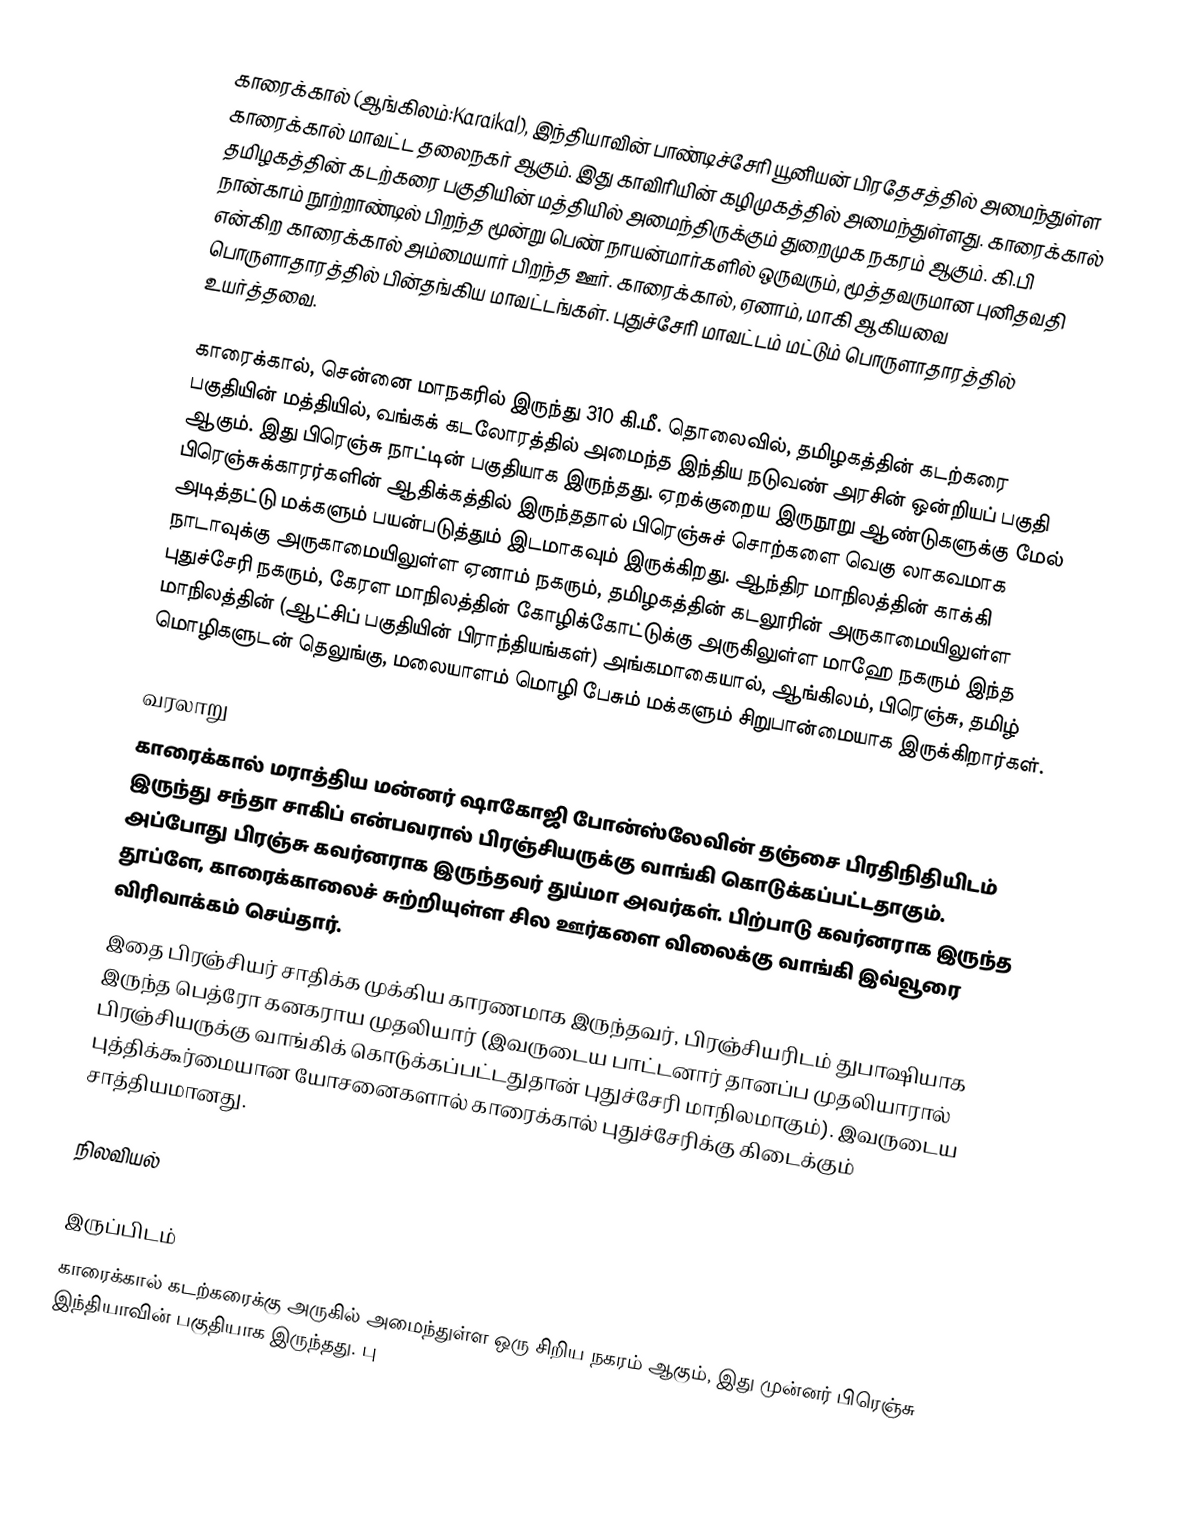
காரைக்கால் (ஆங்கிலம்:Karaikal), இந்தியாவின் பாண்டிச்சேரி யூனியன் பிரதேசத்தில் அமைந்துள்ள காரைக்கால் மாவட்ட தலைநகர் ஆகும். இது காவிரியின் கழிமுகத்தில் அமைந்துள்ளது. காரைக்கால் தமிழகத்தின் கடற்கரை பகுதியின் மத்தியில் அமைந்திருக்கும் துறைமுக நகரம் ஆகும். கி.பி நான்காம் நூற்றாண்டில் பிறந்த மூன்று பெண் நாயன்மார்களில் ஒருவரும், மூத்தவருமான புனிதவதி என்கிற காரைக்கால் அம்மையார் பிறந்த ஊர். காரைக்கால், ஏனாம், மாகி ஆகியவை பொருளாதாரத்தில்  பின்தங்கிய மாவட்டங்கள். புதுச்சேரி மாவட்டம் மட்டும் பொருளாதாரத்தில் உயர்த்தவை.

காரைக்கால், சென்னை மாநகரில் இருந்து 310 கி.மீ. தொலைவில், தமிழகத்தின் கடற்கரை பகுதியின் மத்தியில், வங்கக் கடலோரத்தில் அமைந்த இந்திய நடுவண் அரசின் ஒன்றியப் பகுதி ஆகும். இது பிரெஞ்சு நாட்டின் பகுதியாக இருந்தது. ஏறக்குறைய இருநூறு ஆண்டுகளுக்கு மேல் பிரெஞ்சுக்காரர்களின் ஆதிக்கத்தில் இருந்ததால் பிரெஞ்சுச் சொற்களை வெகு லாகவமாக அடித்தட்டு மக்களும் பயன்படுத்தும் இடமாகவும் இருக்கிறது. ஆந்திர மாநிலத்தின் காக்கி நாடாவுக்கு அருகாமையிலுள்ள ஏனாம் நகரும், தமிழகத்தின் கடலூரின் அருகாமையிலுள்ள புதுச்சேரி நகரும், கேரள மாநிலத்தின் கோழிக்கோட்டுக்கு அருகிலுள்ள மாஹே நகரும் இந்த மாநிலத்தின் (ஆட்சிப் பகுதியின் பிராந்தியங்கள்)  அங்கமாகையால், ஆங்கிலம், பிரெஞ்சு, தமிழ் மொழிகளுடன் தெலுங்கு, மலையாளம் மொழி பேசும் மக்களும் சிறுபான்மையாக இருக்கிறார்கள்.

வரலாறு
காரைக்கால் மராத்திய மன்னர் ஷாகோஜி போன்ஸ்லேவின் தஞ்சை பிரதிநிதியிடம் இருந்து சந்தா சாகிப் என்பவரால் பிரஞ்சியருக்கு வாங்கி கொடுக்கப்பட்டதாகும். அப்போது பிரஞ்சு கவர்னராக இருந்தவர் துய்மா அவர்கள். பிற்பாடு கவர்னராக இருந்த தூப்ளே, காரைக்காலைச் சுற்றியுள்ள சில ஊர்களை விலைக்கு வாங்கி இவ்வூரை விரிவாக்கம் செய்தார்.
இதை பிரஞ்சியர் சாதிக்க முக்கிய காரணமாக இருந்தவர், பிரஞ்சியரிடம் துபாஷியாக இருந்த பெத்ரோ கனகராய முதலியார் (இவருடைய பாட்டனார் தானப்ப முதலியாரால் பிரஞ்சியருக்கு வாங்கிக் கொடுக்கப்பட்டதுதான் புதுச்சேரி மாநிலமாகும்). இவருடைய புத்திக்கூர்மையான யோசனைகளால் காரைக்கால் புதுச்சேரிக்கு கிடைக்கும் சாத்தியமானது.

நிலவியல்

இருப்பிடம்
காரைக்கால் கடற்கரைக்கு அருகில் அமைந்துள்ள ஒரு சிறிய நகரம் ஆகும், இது முன்னர் பிரெஞ்சு இந்தியாவின் பகுதியாக இருந்தது. பு